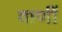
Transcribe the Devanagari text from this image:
वाणीं